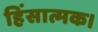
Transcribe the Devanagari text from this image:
हिंसात्मक।